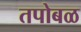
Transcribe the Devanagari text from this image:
तपोबळ